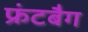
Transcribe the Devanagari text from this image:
फ्रंटबैग